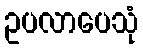
ဥပလာပေသုံ